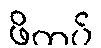
ဖိကပ်